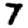
Digit: 7